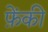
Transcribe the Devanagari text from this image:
फ़ेंकी